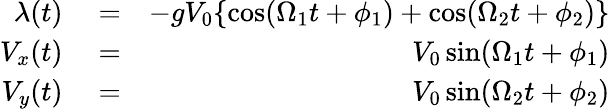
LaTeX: \begin{array}{rlr}{\lambda(t)}&{{}=}&{-gV_{0}\{ \mathrm{cos}(\Omega_{1}t+\phi_{1})+\mathrm{cos}(\Omega_{2}t+\phi_{2})\} }\\ {V_{x}(t)}&{{}=}&{V_{0}\, \mathrm{sin}(\Omega_{1}t+\phi_{1})}\\ {V_{y}(t)}&{{}=}&{V_{0}\, \mathrm{sin}(\Omega_{2}t+\phi_{2})}\end{array}